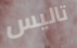
تاليس